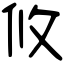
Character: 攸